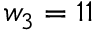
w _ { 3 } = 1 1